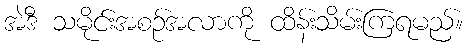
အဲဒီ သမိုင်းအစဉ်အလာကို ထိန်းသိမ်းကြရမည်။